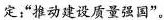
定；”推动建设质量强国”。